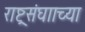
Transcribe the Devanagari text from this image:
राष्ट्रसंघााच्या